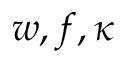
w , f , \kappa